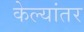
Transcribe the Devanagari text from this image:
केल्यांतर